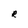
Character: R